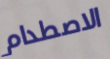
الاصطدام